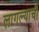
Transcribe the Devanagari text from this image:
लागल्याची